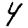
Digit: 4